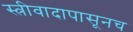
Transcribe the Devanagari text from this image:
स्त्रीवादापासूनच